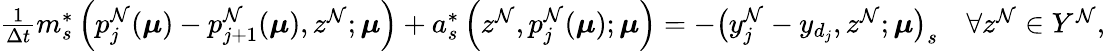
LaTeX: \begin{array}{r}{\frac{1}{\Delta t}m_{s}^{*}\left(p_{j}^{\mathcal{N}}(\boldsymbol{\mu})-p_{j+1}^{\mathcal{N}}(\boldsymbol{\mu}),z^{\mathcal{N}};\boldsymbol{\mu}\right)+a_{s}^{*}\left(z^{\mathcal{N}},p_{j}^{\mathcal{N}}(\boldsymbol{\mu});\boldsymbol{\mu}\right)=-\big(y_{j}^{\mathcal{N}}-y_{d_{j}},z^{\mathcal{N}};\boldsymbol{\mu}\big)_{s}\quad\forall z^{\mathcal{N}}\in Y^{\mathcal{N}},}\end{array}